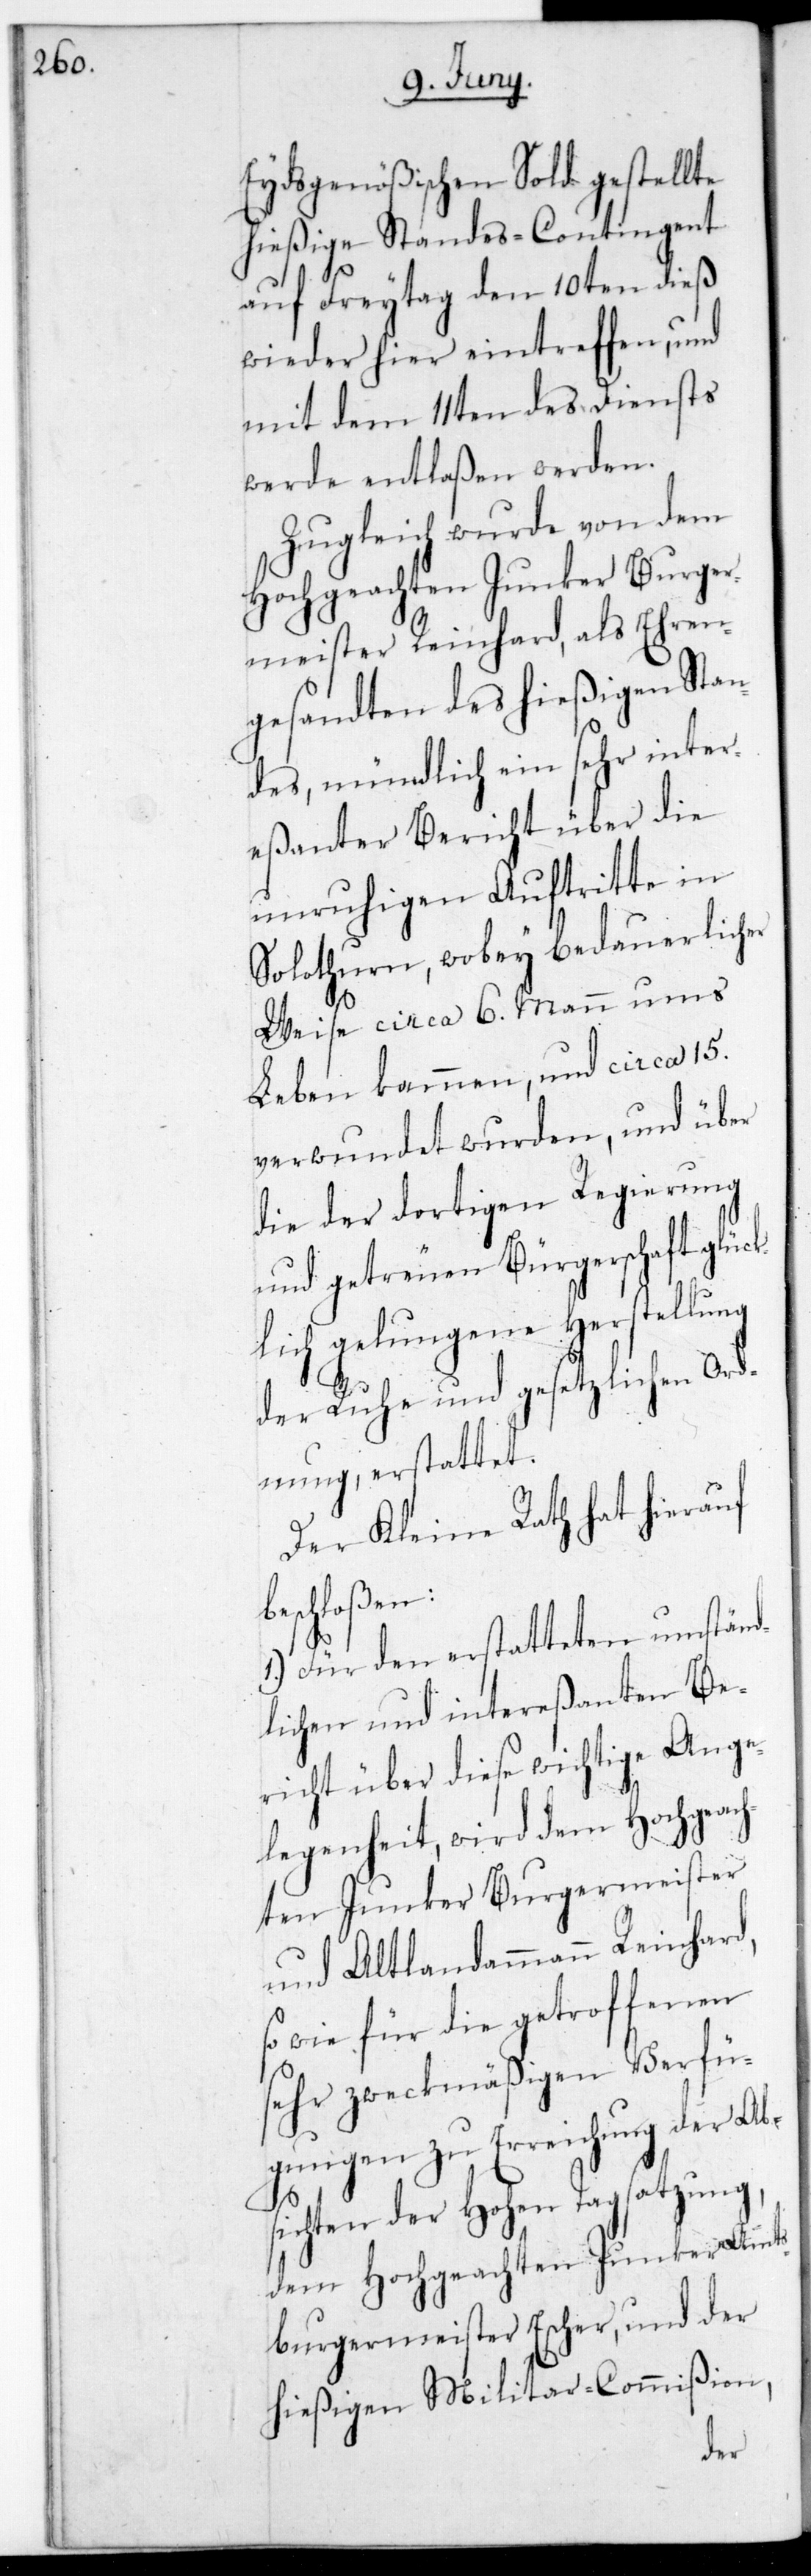
Eydsgenößischen Sold gestellte
hießige Standescontingent
auf Freitag den 10ten dieß
wieder hier eintreffen, und
mit dem 11ten des Diensts
werde entlaßen werden.
Zugleich wurde von dem
hochgeachten Junker Burger¬
meister Reinhard, als Ehren¬
gesandten des hießigen Stan¬
des, mündlich ein sehr inter¬
eßanter Bericht über die
unruhigen Auftritte in
Solothurn, wobey bedauerlicher
Weise circa 6. Mann ums
Leben kamen und circa 15.
verwundet wurden, und über
die der dortigen Regierung
und getreuen Bürgerschaft glüc¬
klich gelungene Herstellung
der Ruhe und gesetzlichen Ord¬
nung, erstattet.
Der Kleine Rath hat hierauf
beschloßen:
1.) Für den erstatteten umständ¬
lichen und intereßanten Be¬
richt über diese wichtige Ange¬
legenheit, wird dem hochgeach¬
ten Junker Burgermeister
und alt Landammann Reinhard,
sowie für die getroffenen
sehr zweckmäßigen Verfü¬
gungen zu Erreichung der Abs¬
ichten der Hohen Tagsatzung,
dem hochgeachten Junker Amts¬
burgermeister Escher und der
hießigen Militar-Commißion,